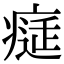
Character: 𤸕